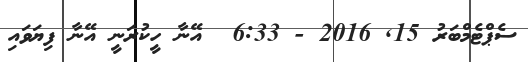
ސެޕްޓެމްބަރު 15